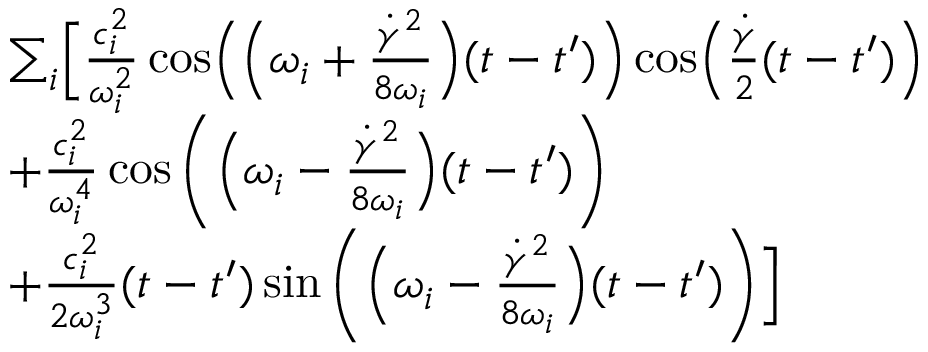
\begin{array} { r l } & { \sum _ { i } \Bigl [ \frac { c _ { i } ^ { 2 } } { \omega _ { i } ^ { 2 } } \cos \Bigl ( \Bigl ( \omega _ { i } + \frac { \dot { \gamma } ^ { 2 } } { 8 \omega _ { i } } \Bigr ) ( t - t ^ { \prime } ) \Bigr ) \cos \Bigl ( \frac { \dot { \gamma } } { 2 } ( t - t ^ { \prime } ) \Bigr ) } \\ & { + \frac { c _ { i } ^ { 2 } } { \omega _ { i } ^ { 4 } } \cos \left( \Bigl ( \omega _ { i } - \frac { \dot { \gamma } ^ { 2 } } { 8 \omega _ { i } } \Bigr ) ( t - t ^ { \prime } ) \right) } \\ & { + \frac { c _ { i } ^ { 2 } } { 2 \omega _ { i } ^ { 3 } } ( t - t ^ { \prime } ) \sin \left( \Bigl ( \omega _ { i } - \frac { \dot { \gamma } ^ { 2 } } { 8 \omega _ { i } } \Bigr ) ( t - t ^ { \prime } ) \right) \Bigr ] } \end{array}